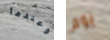
وعندما يوم